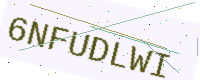
Text: 6NFUDLWI